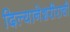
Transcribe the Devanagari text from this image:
दिल्यानेशरीराची